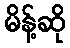
မိန့်ဆို